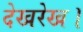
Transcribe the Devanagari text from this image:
देखरेख।